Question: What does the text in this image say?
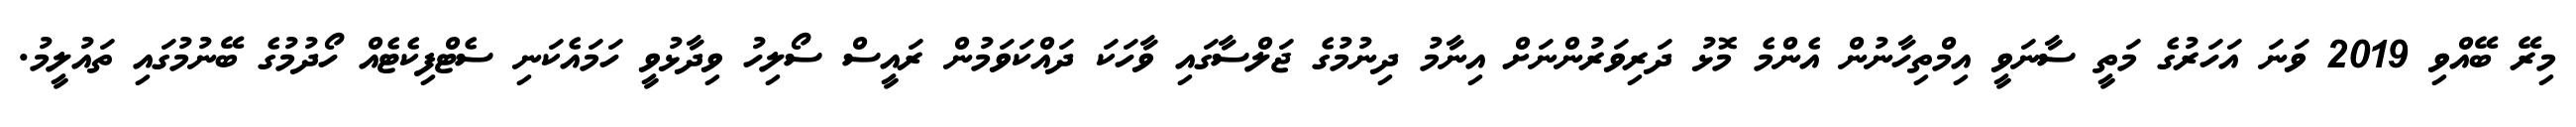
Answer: މިރޭ ބޭއްވި 2019 ވަނަ އަހަރުގެ މަތީ ސާނަވީ އިމްތިހާނުން އެންމެ މޮޅު ދަރިވަރުންނަށް އިނާމު ދިނުމުގެ ޖަލްސާގައި ވާހަކަ ދައްކަވަމުން ރައީސް ސޯލިހު ވިދާޅުވީ ހަމައެކަނި ސެޓްފިކެޓެއް ހޯދުމުގެ ބޭނުމުގައި ތައުލީމު.